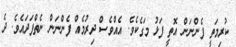
ކުރިމަތީ ފެންނަން އޮތީ ފަޅު މަގެކެވެ. އެއްވެސް ދިރުމެއް ފެންނަން ނެތްފަދައެވެ. ދެ